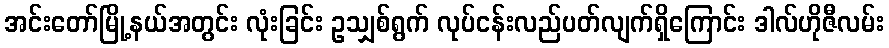
အင်းတော်မြို့နယ်အတွင်း လုံးခြင်း ဥသျှစ်ရွက် လုပ်ငန်းလည်ပတ်လျက်ရှိကြောင်း ဒါလ်ဟိုဇီလမ်း